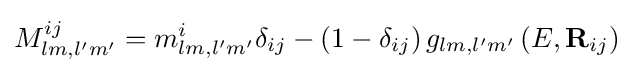
M_{lm,l'm'}^{ij}=m_{lm,l'm'}^{i}{\delta _{ij}}-\left({1-{\delta _{ij}}}\right){g_{lm,l'm'}}\left({E,{{\bf {R}}_{ij}}}\right)